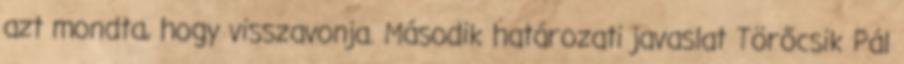
azt mondta, hogy visszavonja. Második határozati javaslat Törőcsik Pál